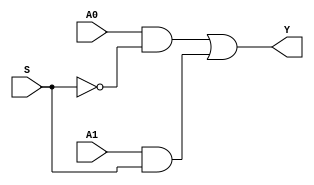
module mux2to1(A0, A1, S, Y);
input A0, A1, S; 
output Y; 
wire w1, w2, w3; 

assign w1 = ~S; 
assign w2 = A0 & w1; 
assign w3 = A1 & S; 
assign Y = w2 | w3; 

endmodule

module testMux2to1; 
reg A0, A1, S; 
wire Y; 
mux2to1 i(A0, A1, S, Y); 

initial 
    begin
        A0 = 1'b0 ; A1 = 1'b0 ; S = 1'b0 ; 
        $monitor("Time = %0t, S = %b , A = %b , B = %b , Y = %b", $time, S, A0, A1, Y);
        #5 S= 1'b0 ; A0 = 1'b0 ; A1 = 1'b0; 
        #5 S= 1'b0 ; A0 = 1'b0 ; A1 = 1'b1; 
        #5 S = 1'b1 ; A0 = 1'b1 ; A1 = 1'b0; 
        #5 S = 1'b1 ; A0 = 1'b1 ; A1 = 1'b1; 

    end
endmodule